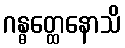
ဂန္ဓတ္ထေနောသိ